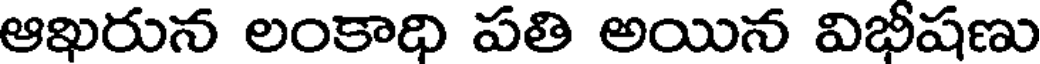
ఆఖరున లంకాధి పతి అయిన విభీషణు